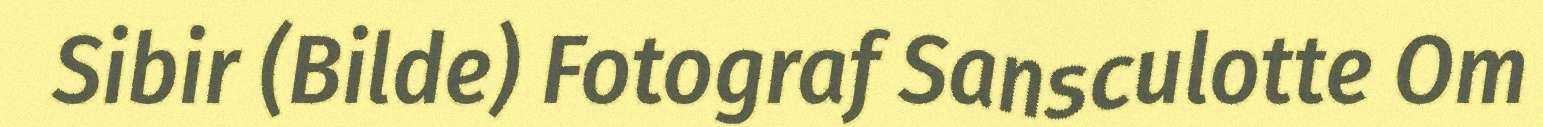
Sibir (Bilde) Fotograf Sansculotte Om